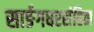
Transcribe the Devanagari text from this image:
सार्ङगधरसंहिता